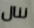
ننال